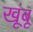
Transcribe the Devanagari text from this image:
खूंबू